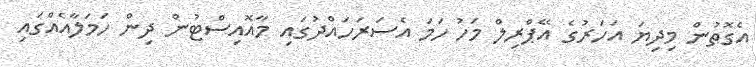
އެގޮތުން މިދިޔަ އަހަރުގެ އޭޕްރިލް މަހު ހަމަ އެސަރަހައްދުގައި މާއޮއިސްޓުން ދިން ހަމަލާއެއްގައި